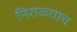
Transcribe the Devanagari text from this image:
निराळ्याच